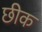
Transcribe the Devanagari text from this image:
छीक